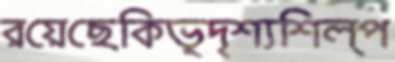
রয়েছেকিভূদৃশ্যশিল্প